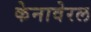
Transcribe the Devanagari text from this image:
केनावेरल